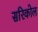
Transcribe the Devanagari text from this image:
सरिकोल